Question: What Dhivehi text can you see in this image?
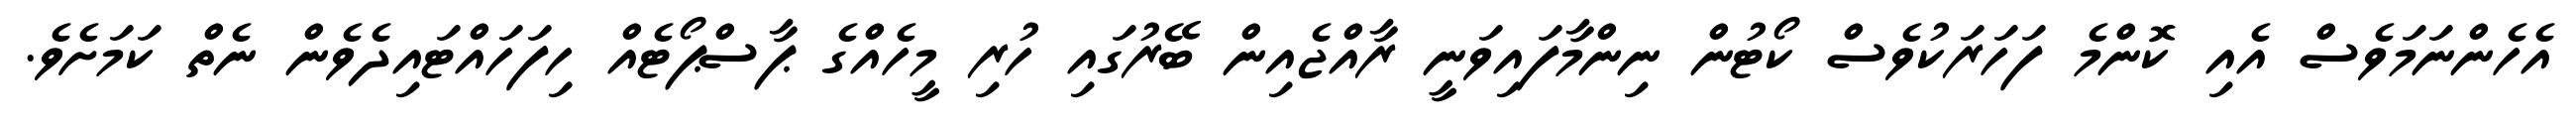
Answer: އެހެންނަމަވެސް އެއި ކޮންމެ ފަހަރަކުވެސް ކޯޓުން ނިންމާފައިވަނީ ރާއްޖެއިން ބޭރުގައި ހުރި މީހެއްގެ ޕާސްޕޯޓެއް ހިފަހައްޓައިދެވެން ނެތް ކަމަށެވެ.